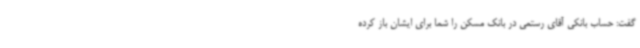
گفت: حساب بانکی آقای رستمی در بانک مسکن را شما برای ایشان باز کرده